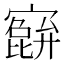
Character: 𫴕